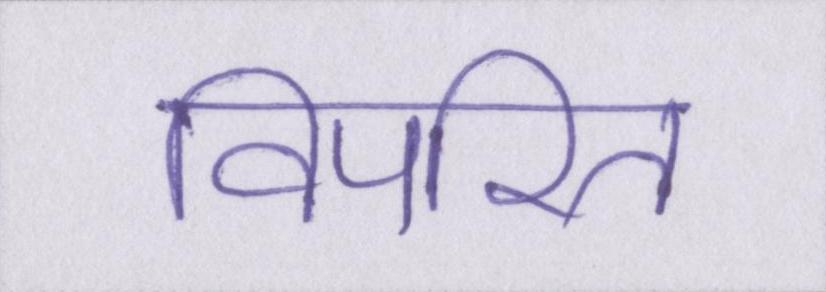
विपरित